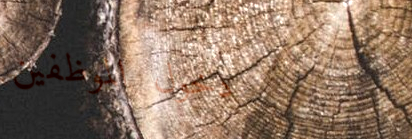
دخول الموظفين